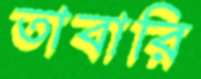
তাবারি